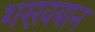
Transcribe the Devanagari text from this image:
शरख़बान